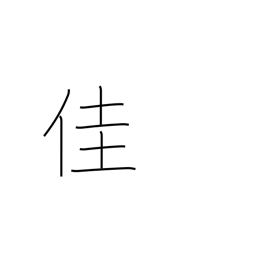
Meaning: excellent